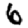
Digit: 6